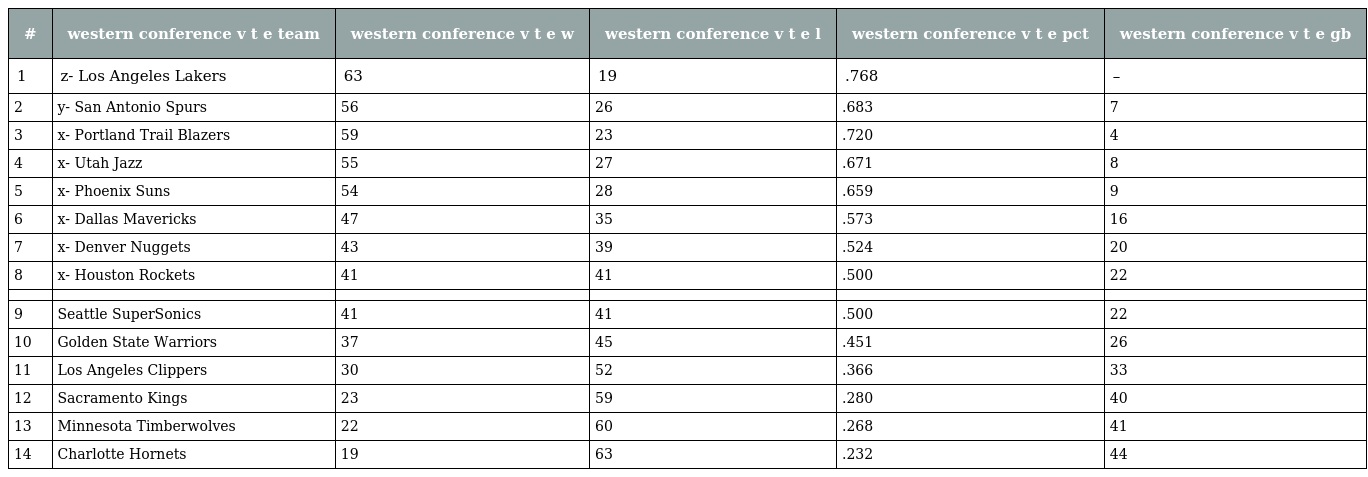
| # | western conference v t e team | western conference v t e w | western conference v t e l | western conference v t e pct | western conference v t e gb |
 | --- | --- | --- | --- | --- | --- |
 | 1 | z- Los Angeles Lakers | 63 | 19 | .768 | – |
 | 2 | y- San Antonio Spurs | 56 | 26 | .683 | 7 |
 | 3 | x- Portland Trail Blazers | 59 | 23 | .720 | 4 |
 | 4 | x- Utah Jazz | 55 | 27 | .671 | 8 |
 | 5 | x- Phoenix Suns | 54 | 28 | .659 | 9 |
 | 6 | x- Dallas Mavericks | 47 | 35 | .573 | 16 |
 | 7 | x- Denver Nuggets | 43 | 39 | .524 | 20 |
 | 8 | x- Houston Rockets | 41 | 41 | .500 | 22 |
 |  |  |  |  |  |  |
 | 9 | Seattle SuperSonics | 41 | 41 | .500 | 22 |
 | 10 | Golden State Warriors | 37 | 45 | .451 | 26 |
 | 11 | Los Angeles Clippers | 30 | 52 | .366 | 33 |
 | 12 | Sacramento Kings | 23 | 59 | .280 | 40 |
 | 13 | Minnesota Timberwolves | 22 | 60 | .268 | 41 |
 | 14 | Charlotte Hornets | 19 | 63 | .232 | 44 |